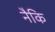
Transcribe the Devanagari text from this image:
नैकि